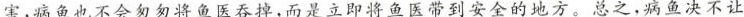
害，病鱼也不会匆匆将鱼医吞掉，而是立即将鱼医带到安全的地方。总之，病鱼决不让